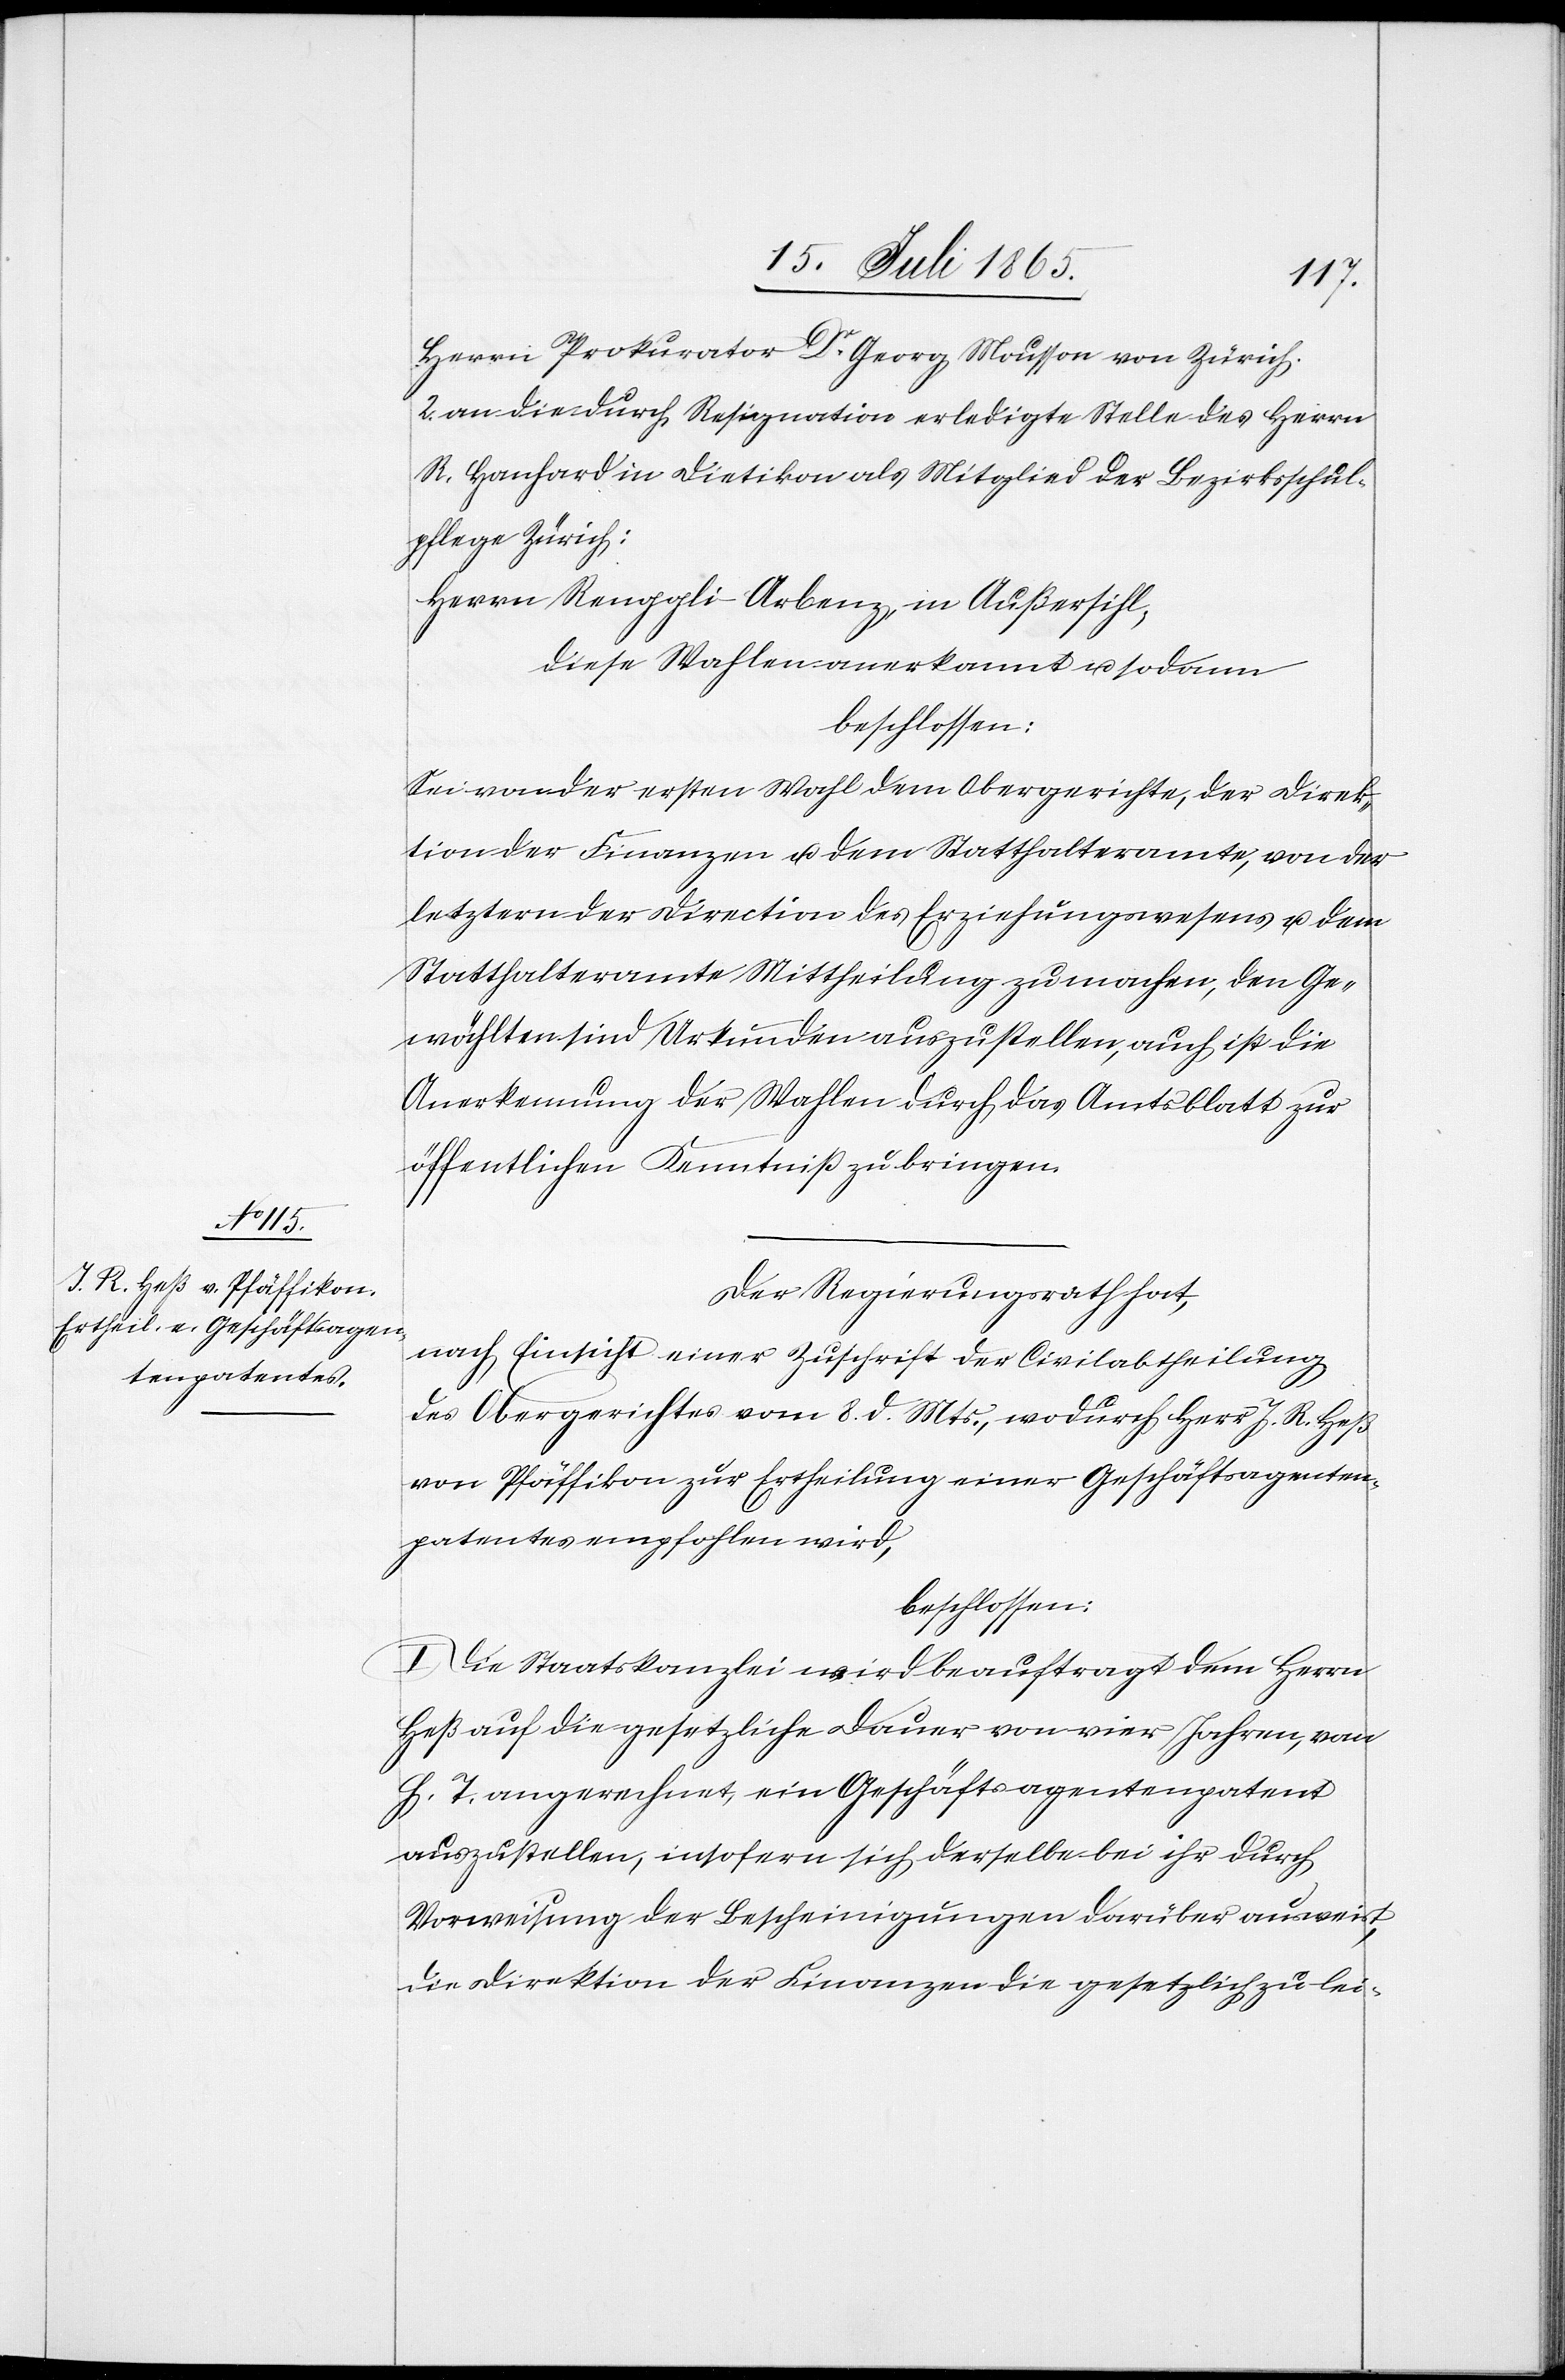
Herren Prokurator Dr Georg Mousson von Zürich.
2. an die durch Resignation erledigte Stelle des Herrn
R. Hanhard in Dietikon als Mitglied der Bezirksschul¬
pflege Zürich:
Herrn Renggli-Arbenz, in Außersihl,
diese Wahlen anerkannt u. sodann
beschlossen:
Sei von der ersten Wahl dem Obergerichte, der Direk¬
tion der Finanzen u. dem Statthalteramte, von der
letztern der Direction des Erziehungswesens u. dem
Statthalteramte Mittheilung zu machen, den Ge¬
wählten sind Urkunden auszustellen, auch ist die
Anerkennung der Wahlen durch das Amtsblatt zur
öffentlichen Kenntniß zu bringen.
Der Regierungsrath hat,
nach Einsicht einer Zuschrift der Civilabtheilung
des Obergerichtes vom 8. d. Mts., wodurch Herr J. R. Heß
von Pfäffikon zur Ertheilung einer Geschäftsagenten¬
patentes empfohlen wird,
beschlossen:
I. Die Staatskanzlei wird beauftragt dem Herrn
Heß auf die gesetzliche Dauer von vier Jahren, von
h. T. angerechnet, ein Geschäftsagentenpatent
auszustellen, insofern sich derselbe bei ihr durch
Vorweisung der Bescheinigungen darüber ausweist,
die Direktion der Finanzen die gesetzlich zu lei-